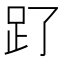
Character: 𧾿